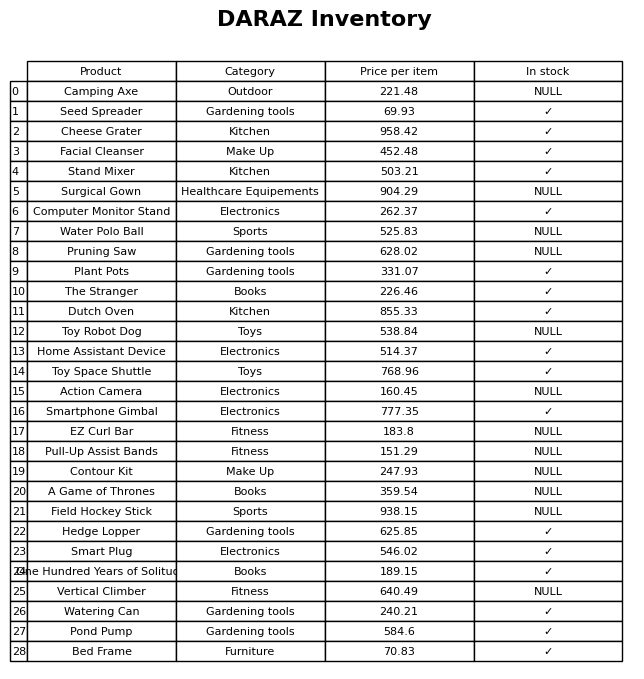
question: What is the price for Toy Space Shuttle?
answer: The price of Toy Space Shuttle is 768.96.